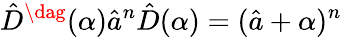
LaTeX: \hat{D}^{\dag}(\alpha)\hat{a}^{n}\hat{D}(\alpha)=(\hat{a}+\alpha)^{n}